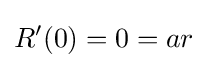
R'(0)=0=ar